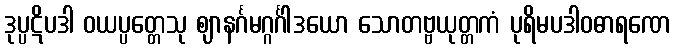
ဒုပ္ပဋိပဒါ ဝယပ္ပတ္တေသု ဈာနင်္ဂမဂ္ဂင်္ဂါဒယော သောတဗ္ဗယုတ္တကံ ပုရိမပဒါဝဓာရဏေ